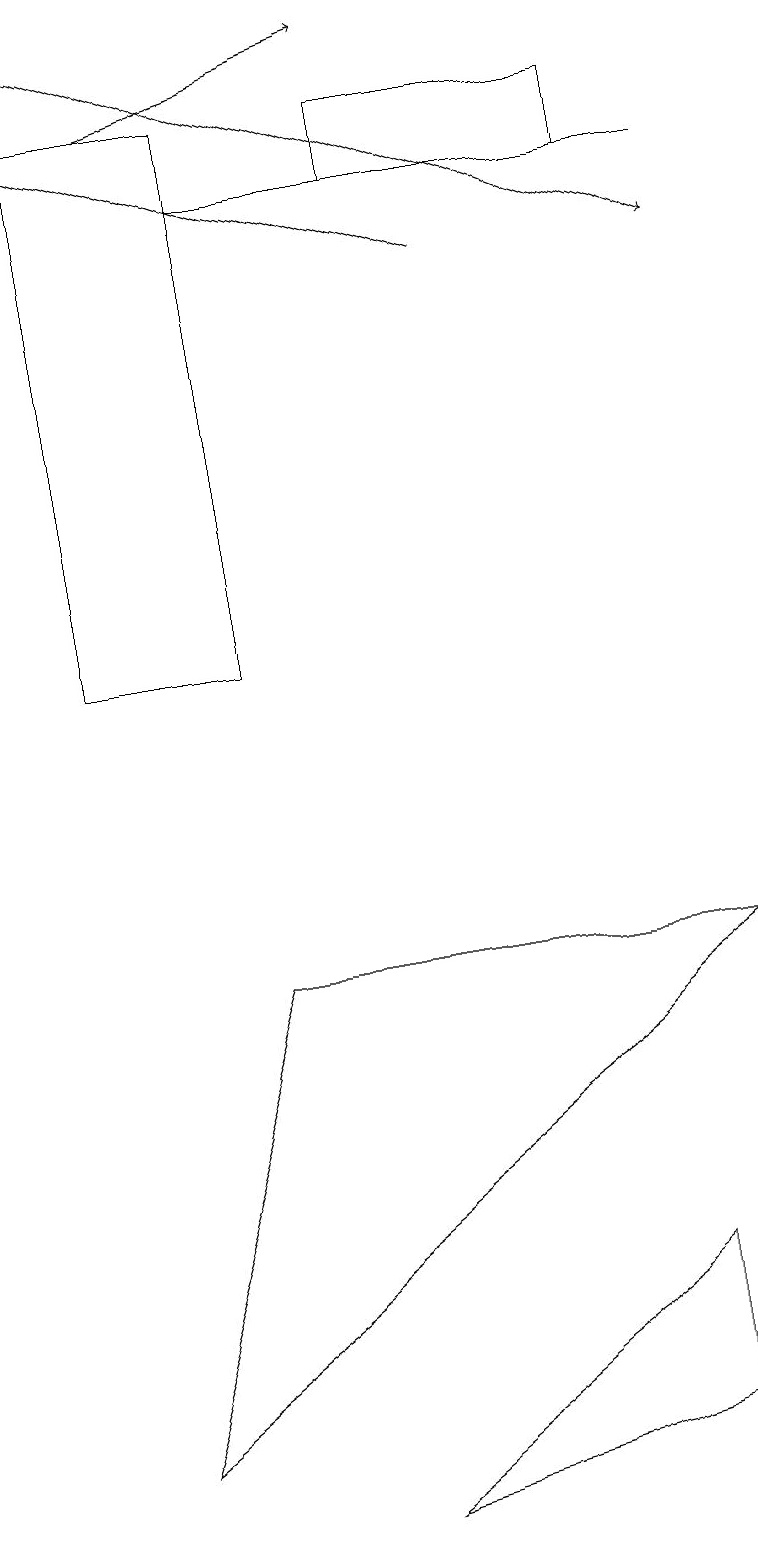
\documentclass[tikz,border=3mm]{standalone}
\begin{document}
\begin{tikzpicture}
\draw[->] (2,18) -- (5,19);
\draw[->] (6,16) -- (0,18);
\draw[->] (1,19) -- (9,16);
\draw (9,7) -- (1,1) -- (3,7) -- cycle;
\draw (8,17) rectangle (5,18);
\draw (1,11) rectangle (3,18);
\draw (8,3) -- (8,1) -- (4,0) -- cycle;
\draw (9,17) rectangle (3,17);
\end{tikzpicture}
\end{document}